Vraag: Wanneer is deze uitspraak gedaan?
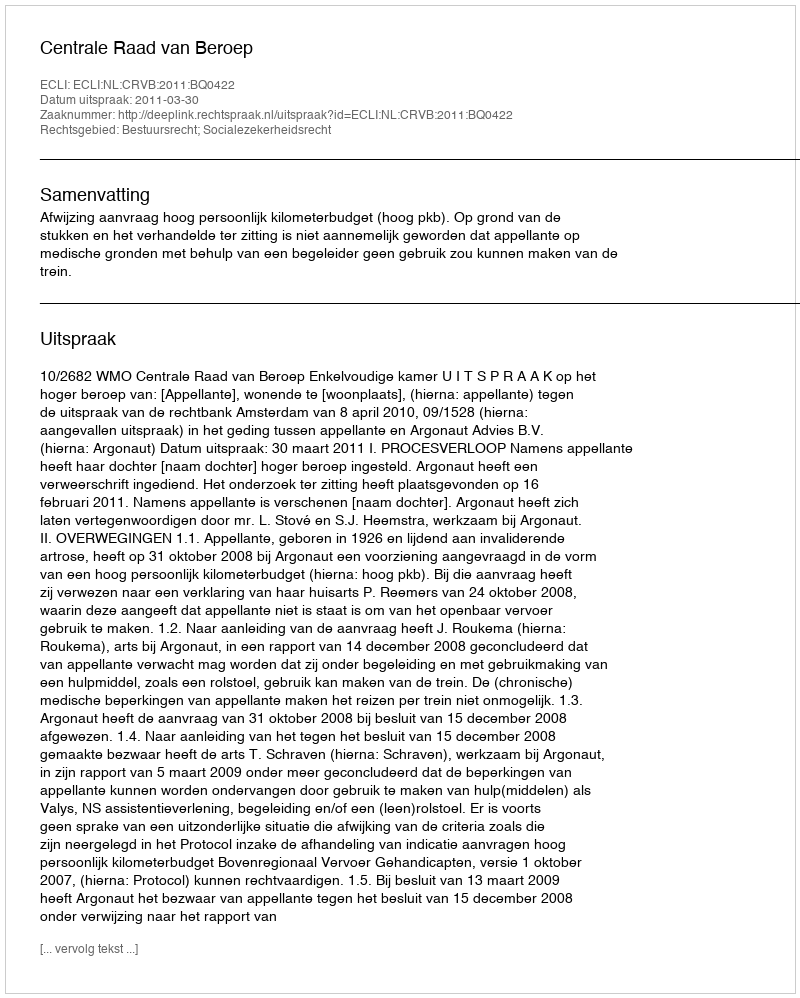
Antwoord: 2011-03-30